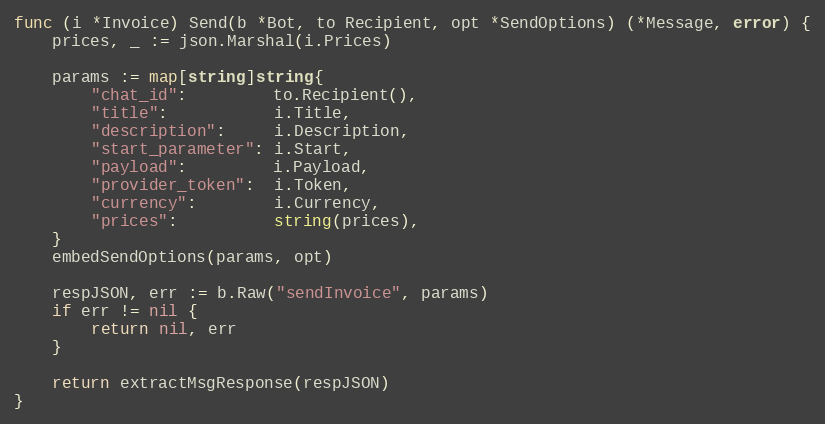
Language: Go
func (i *Invoice) Send(b *Bot, to Recipient, opt *SendOptions) (*Message, error) {
	prices, _ := json.Marshal(i.Prices)

	params := map[string]string{
		"chat_id":         to.Recipient(),
		"title":           i.Title,
		"description":     i.Description,
		"start_parameter": i.Start,
		"payload":         i.Payload,
		"provider_token":  i.Token,
		"currency":        i.Currency,
		"prices":          string(prices),
	}
	embedSendOptions(params, opt)

	respJSON, err := b.Raw("sendInvoice", params)
	if err != nil {
		return nil, err
	}

	return extractMsgResponse(respJSON)
}